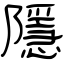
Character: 隱